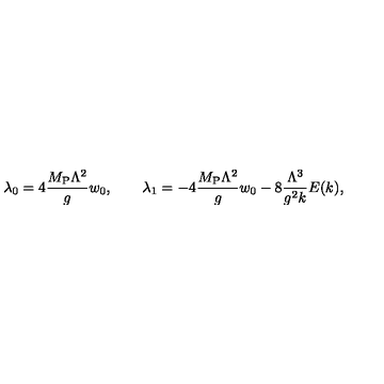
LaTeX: \lambda _ { 0 } = 4 { \frac { M _ { \mathrm { P } } \Lambda ^ { 2 } } { g } } w _ { 0 } , \qquad \lambda _ { 1 } = - 4 { \frac { M _ { \mathrm { P } } \Lambda ^ { 2 } } { g } } w _ { 0 } - 8 { \frac { \Lambda ^ { 3 } } { g ^ { 2 } k } } E ( k ) ,